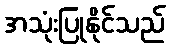
အသုံးပြုနိုင်သည်